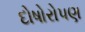
દોષોરોપણ